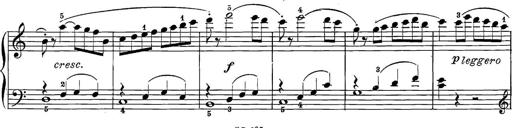
Title: 12 Sonatine per Pianoforte
Composer: Friedrich Kuhlau